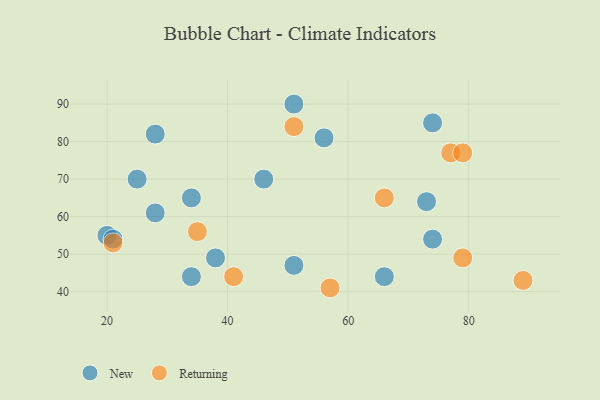
{"axis": {"x": "GDP", "y": "Life Expectancy"}, "legend": ["New", "Returning"], "data": [{"x": "74", "y": 85, "type": "New"}, {"x": "34", "y": 44, "type": "New"}, {"x": "73", "y": 64, "type": "New"}, {"x": "38", "y": 49, "type": "New"}, {"x": "28", "y": 82, "type": "New"}, {"x": "51", "y": 47, "type": "New"}, {"x": "34", "y": 65, "type": "New"}, {"x": "20", "y": 55, "type": "New"}, {"x": "21", "y": 54, "type": "New"}, {"x": "25", "y": 70, "type": "New"}, {"x": "51", "y": 90, "type": "New"}, {"x": "28", "y": 61, "type": "New"}, {"x": "66", "y": 44, "type": "New"}, {"x": "46", "y": 70, "type": "New"}, {"x": "74", "y": 54, "type": "New"}, {"x": "56", "y": 81, "type": "New"}, {"x": "41", "y": 44, "type": "Returning"}, {"x": "57", "y": 41, "type": "Returning"}, {"x": "79", "y": 49, "type": "Returning"}, {"x": "89", "y": 43, "type": "Returning"}, {"x": "66", "y": 65, "type": "Returning"}, {"x": "51", "y": 84, "type": "Returning"}, {"x": "77", "y": 77, "type": "Returning"}, {"x": "35", "y": 56, "type": "Returning"}, {"x": "79", "y": 77, "type": "Returning"}, {"x": "21", "y": 53, "type": "Returning"}]}